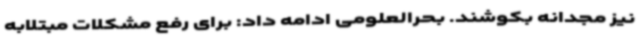
نیز مجدانه بکوشند. بحرالعلومی ادامه داد: برای رفع مشکلات مبتلابه